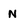
Character: N